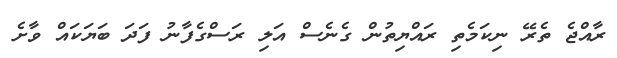
ރާއްޖެ ތެރޭ ނިކަމެތި ރައްޔިތުން ގެނެސް އަލި ރަސްގެފާނު ފަދަ ބަޔަކައް ވާށެ